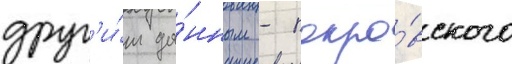
друг'и́м да́нным - покро́вского